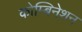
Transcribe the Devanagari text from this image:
कोम्बिनेशन